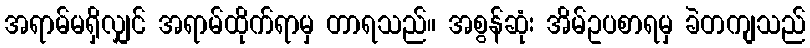
အရာမ်မရှိလျှင် အရာမ်ထိုက်ရာမှ တာရသည်။ အစွန်ဆုံး အိမ်ဥပစာရမှ ခဲတကျသည်